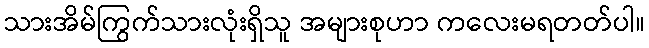
သားအိမ်ကြွက်သားလုံးရှိသူ အများစုဟာ ကလေးမရတတ်ပါ။